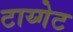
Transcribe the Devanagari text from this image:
टाय्गेट